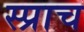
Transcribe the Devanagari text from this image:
स्प्राच